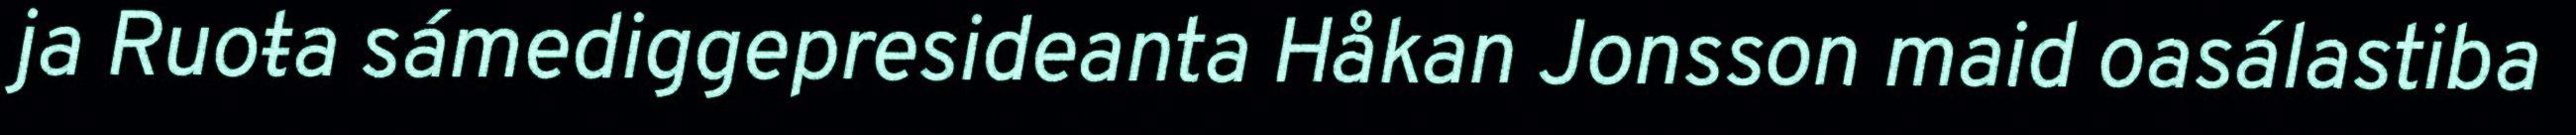
ja Ruoŧa sámediggepresideanta Håkan Jonsson maid oasálastiba